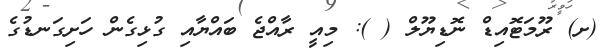
(ށ) ރޫމަޓޮއިޑް ނޮޑިޔޫލް ( ): މިއީ ރާއްޖެ ބައްޔާއި ގުޅިގެން ހަށިގަނޑުގެ